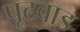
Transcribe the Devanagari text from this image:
पूटवाड